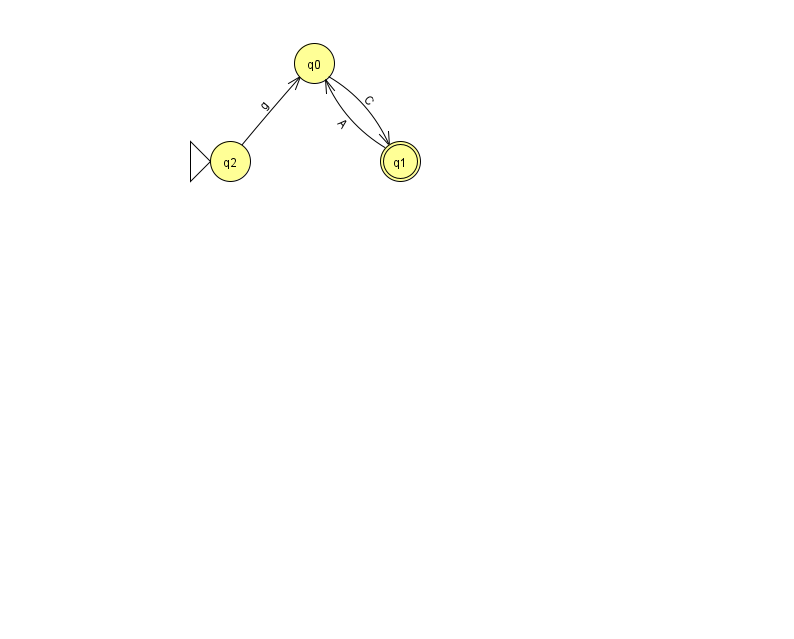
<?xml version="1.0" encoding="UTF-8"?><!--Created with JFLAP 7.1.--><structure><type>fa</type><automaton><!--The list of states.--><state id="0" name="q0"><x>314.0</x><y>50.0</y></state><state id="1" name="q1"><x>400.0</x><y>148.0</y><final/></state><state id="2" name="q2"><x>230.0</x><y>148.0</y><initial/></state><!--The list of transitions.--><transition><from>0</from><to>1</to><read>C</read></transition><transition><from>1</from><to>0</to><read>A</read></transition><transition><from>2</from><to>0</to><read>g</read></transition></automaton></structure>